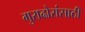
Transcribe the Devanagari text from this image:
गुराढोरांसाठी